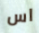
اس